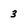
Character: 3